Civil Veterinary Department Bihar & Orissa reports 1922-29 - 1922-1929
Year: 1922
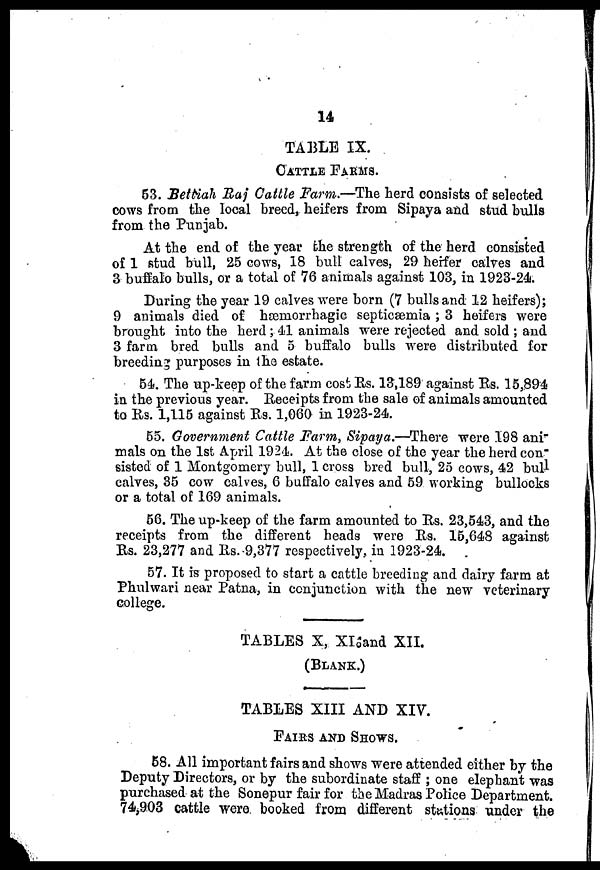
14
TABLE IX.
CATTLE FARMS.
63. Bettiah Raj Cattle Farm.—The herd consists of selected
cows from the local breed, heifers from Sipaya and stud bulls
from the Punjab.
At the end of the year the strength of the herd consisted
of 1 stud bull, 25 cows, 18 bull calves, 29 herifer calves and
3 buffalo bulls, or a total of 76 animals against 103, in 1923-24.
During the year 19 calves were born (7 bulls and 12 heifers);
9 animals died of hæmiorrhagic septicæmia ; 3 heifers were
brought into the herd ; 41 animals were rejected and sold ; and
3 farm bred bulls and 5 buffalo bulls were distributed for
breeding purposes in the estate.
54. The up-keep of the farm cost Rs. 13,189 against Rs. 15,894
in the previous year. Receipts from the sale of animals amounted
to Rs. 1,115 against Rs. 1,060 in 1923-24.
55. Government Cattle Farm, Sipaya.—There were 198 ani
mals on the 1st April 1924. At the close of the year the herd con"
6istod of 1 Montgomery bull, 1 cross bred bull, 25 cows, 42 bull
calves, 35 cow calves, 6 buffalo calves and 59 working bullocks
or a total of 169 animals.
56. The up-keep of the farm amounted to Rs. 23,543, and the
receipts from the different heads were Rs. 15,648 against
Rs. 23,277 and Rs.9,377 respectively, in 1923-24.
57. It is proposed to start a cattle breeding and dairy farm at
Phulwari near Patna, in conjunction with the new veterinary
college.
TABLES X, Xl and XII.
(BLANK.)
TABLES XIII AND XIV.
FAIRS AND SHOWS.
68. All important fairs and shows were attended either by the
Deputy Directors, or by the subordinate staff ; one elephant was
purchased at the Sonepur fair for the Madras Police Department.
74,903 cattle were booked from different stations under the